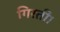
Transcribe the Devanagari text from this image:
गिरतीं।